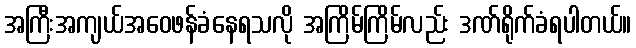
အကြီးအကျယ်အဝေဖန်ခံနေရသလို အကြိမ်ကြိမ်လည်း ဒဏ်ရိုက်ခံရပါတယ်။